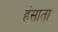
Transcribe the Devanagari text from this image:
हंसाता